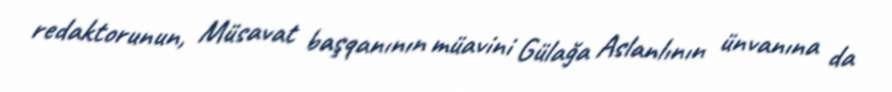
redaktorunun, Müsavat başqanının müavini Gülağa Aslanlının ünvanına da